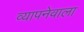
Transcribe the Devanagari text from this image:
व्यापनेवाला